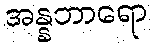
အန္နဘာရော